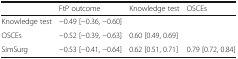
|  | FtP outcome | Knowledge test | OSCEs |
 | --- | --- | --- | --- |
 | Knowledge test | −0.49 [−0.36, −0.60] |  |  |
 | OSCEs | −0.52 [−0.39, −0.63] | 0.60 [0.49, 0.69] |  |
 | SimSurg | −0.53 [−0.41, −0.64] | 0.62 [0.51, 0.71] | 0.79 [0.72, 0.84] |